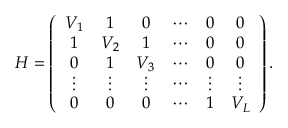
\begin{array} { r } { \cal { H } = \left( \begin{array} { c c c c c c } { V _ { 1 } } & { 1 } & { 0 } & { \cdots } & { 0 } & { 0 } \\ { 1 } & { V _ { 2 } } & { 1 } & { \cdots } & { 0 } & { 0 } \\ { 0 } & { 1 } & { V _ { 3 } } & { \cdots } & { 0 } & { 0 } \\ { \vdots } & { \vdots } & { \vdots } & { \cdots } & { \vdots } & { \vdots } \\ { 0 } & { 0 } & { 0 } & { \cdots } & { 1 } & { V _ { L } } \end{array} \right) . } \end{array}